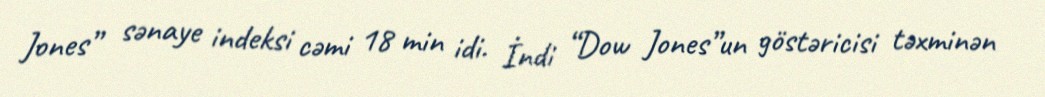
Jones” sənaye indeksi cəmi 18 min idi. İndi “Dow Jones”un göstəricisi təxminən